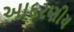
આદરણીય